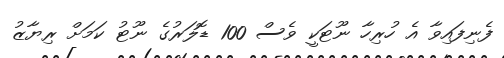
ފެނިފައިވާ އެ ހުރިހާ ނޫޓަކީ ވެސް 100 ޑޮލަރުގެ ނޫޓު ކަމަށް ރިޔާޒު